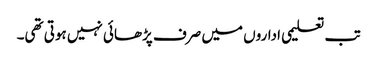
تب تعلیمی اداروں میں صرف پڑھائی نہیں ہوتی تھی۔